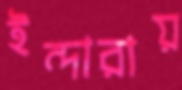
ইন্দারায়